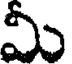
మీ